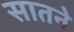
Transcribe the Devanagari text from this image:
सातने